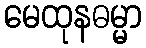
မေထုနဓမ္မာ